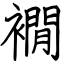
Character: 襉